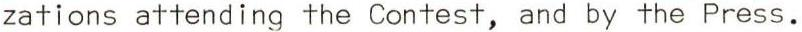
zations attending the Contest, and by the Press.